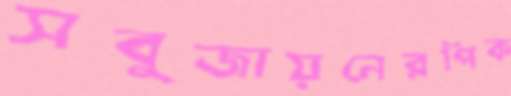
সবুজায়নেরপিক